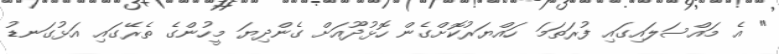
" އެ މައްސަލައިގައި ފުރަތަމަ ހައްޔަރުކޮށްގެން ހޮޅުދޫއަށް ގެންދިޔަ މީހުންގެ ތެރޭގައި އަޅުގަނޑު